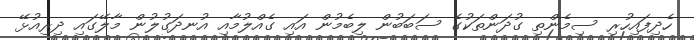
ހެދިފައިހުރި ސިމެންތި ގުދަންތަކުގެ ސަބަބުން ލިބެމުން އައި ގެއްލުމާއި އުނދަގުލުން މާލޭގައި ދިރިއުޅޭ